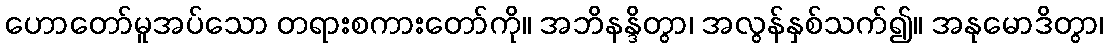
ဟောတော်မူအပ်သော တရားစကားတော်ကို။ အဘိနန္ဒိတွာ၊ အလွန်နှစ်သက်၍။ အနုမောဒိတွာ၊